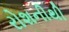
રોશનીથી